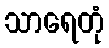
သာရေတုံ